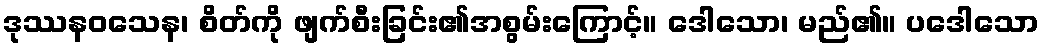
ဒုဿနဝသေန၊ စိတ်ကို ဖျက်စီးခြင်း၏အစွမ်းကြောင့်။ ဒေါသော၊ မည်၏။ ပဒေါသော